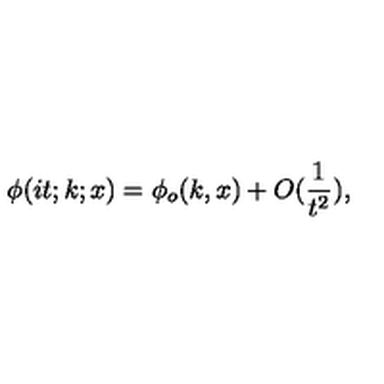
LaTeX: \phi ( i t ; k ; x ) = \phi _ { o } ( k , x ) + O ( \frac { 1 } { t ^ { 2 } } ) ,